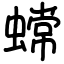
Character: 蟐